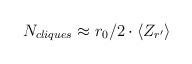
LaTeX: \begin{align*}N_{cliques}\approx r_0/2\cdot \langle Z_{r'}\rangle\end{align*}